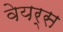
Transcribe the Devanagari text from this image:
वेयर्स